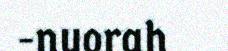
-nuorah